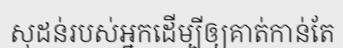
សុដន់របស់អ្នកដើម្បីឲ្យគាត់កាន់តែ